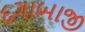
દગાબાજી